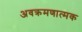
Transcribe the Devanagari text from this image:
अवक्रमणात्मक